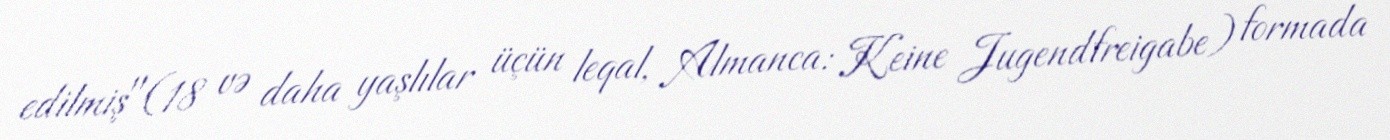
edilmiş"(18 və daha yaşlılar üçün leqal, Almanca: Keine Jugendfreigabe) formada